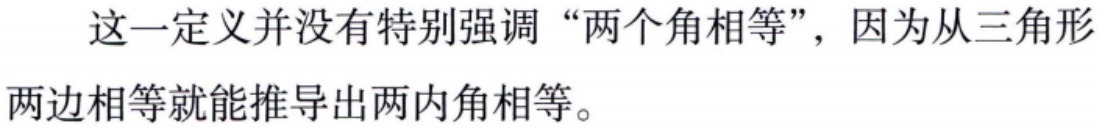
这一定义并没有特别强调“两个角相等”，因为从三角形两边相等就能推导出两内角相等。